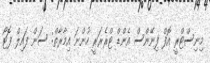
މިނިސްޓްރީ އޮފް ފިނޭންސް އެންޑް ޓްރެޜަރީ ހުންނަ އިމާރާތް: ސަން ފައިލް ފޮޓޯ